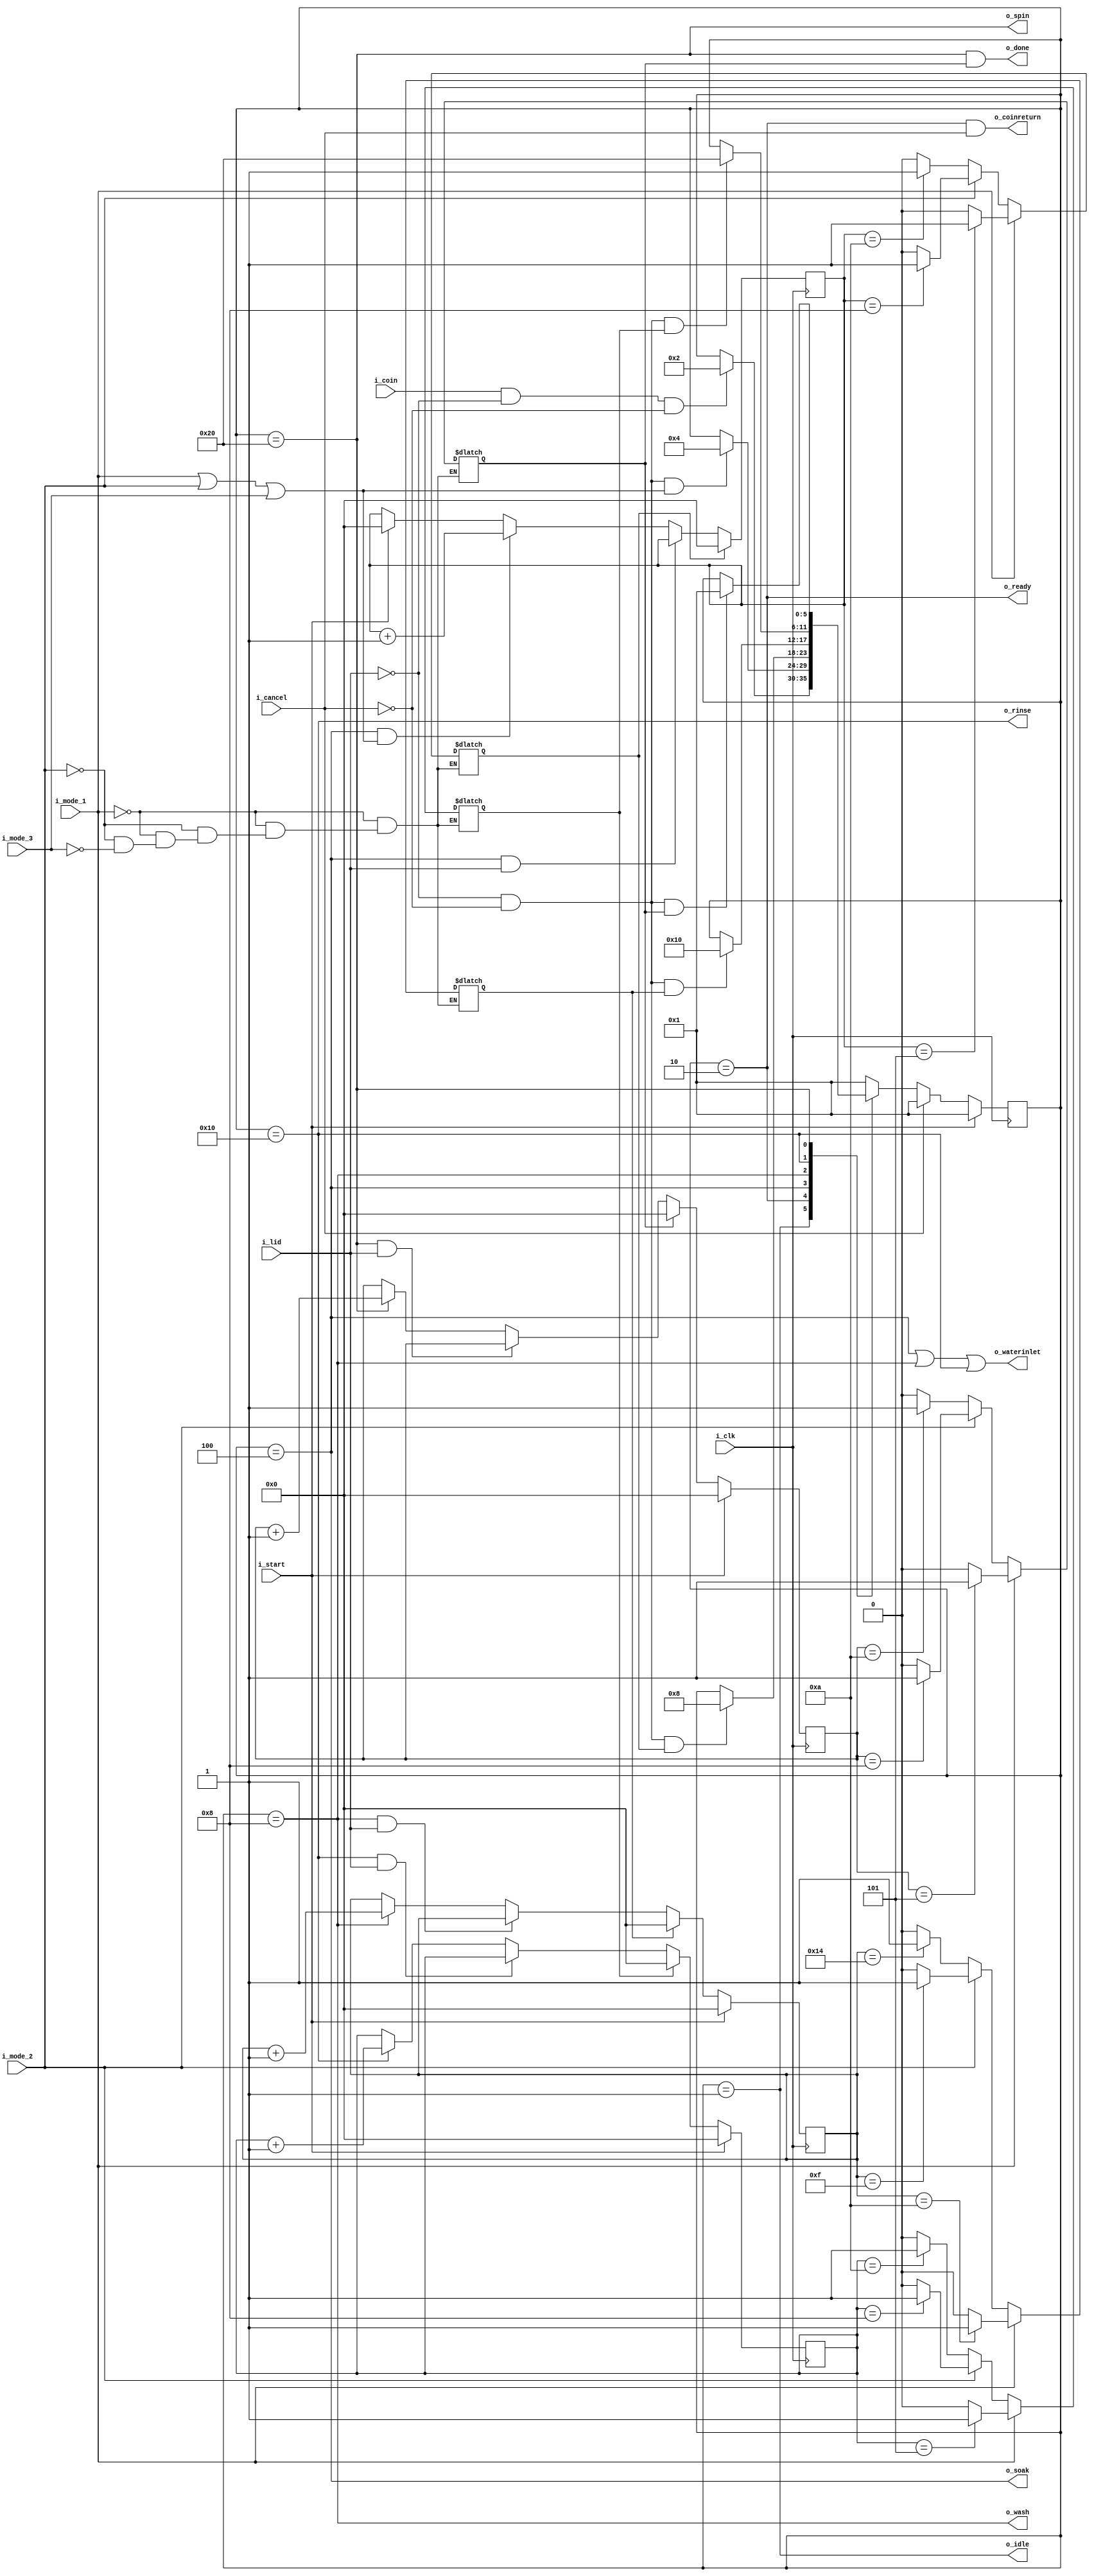


 module washingmachine(i_clk,i_lid,i_start,i_cancel,i_coin,i_mode_1,i_mode_2,i_mode_3,
                        o_idle,o_ready,o_soak,o_wash,o_rinse,o_spin,o_coinreturn,o_waterinlet,o_done);
						
	input i_clk,i_start,i_cancel,i_coin,i_lid,i_mode_1,i_mode_2,i_mode_3;
	output o_idle,o_ready,o_soak,o_wash,o_rinse,o_spin,o_waterinlet;
	output o_coinreturn,o_done;
	
	parameter IDLE  = 6'b000001,
	          READY = 6'b000010,
			  SOAK  = 6'b000100,
			  WASH  = 6'b001000,
			  RINSE = 6'b010000,
			  SPIN  = 6'b100000;
	
    // i_clk = 256hz means 1sec = 256 clock cycles
	
	/* mode1 - cloth < 2kg 
       Soak  : 5 mins
       Wash  : 10 mins
       Rinse : 5 mins
       Spin  : 5 mins   
	   
	   mode2 - 2kg < cloth < 4kg 
       Soak  : 8 mins
       Wash  : 15 mins
       Rinse : 8 mins
       Spin  : 8 mins   
	   
	   mode3 - 4kg < cloth < 6kg 
       Soak  : 10 mins
       Wash  : 20 mins
       Rinse : 10 mins
       Spin  : 10 mins   */
	   
	   reg [5:0] PS,NS;
	   
	   
		
        reg soak_done,wash_done,rinse_done,spin_done;
		
        wire soak_up,wash_up,rinse_up,spin_up;
		wire soak_pause,wash_pause,rinse_pause,spin_pause;
		reg [14:0] soakcounter,washcounter,rinsecounter,spincounter;
		
		//------- Timer pause logic when lid is open -------------------
		
		assign soak_pause  = ( PS == SOAK )  && (i_lid) ; 
		assign wash_pause  = ( PS == WASH )  && (i_lid) ; 
		assign rinse_pause = ( PS == RINSE ) && (i_lid) ; 
		assign spin_pause  = ( PS == SPIN )  && (i_lid) ; 
		
		

		assign soak_up  = (PS == SOAK) && (i_mode_1 || i_mode_2 || i_mode_3);
		assign wash_up  = (PS == WASH);
		assign rinse_up = (PS == RINSE);
		assign spin_up  = (PS == SPIN);
		
	
	    //---------- SOAK DONE LOGIC ------------------------------
        always@(i_mode_1,i_mode_2,i_mode_3,soakcounter)
		    begin
			    if(i_mode_1)
				  soak_done = (soakcounter == 5) ? 1'b1 : 1'b0;
				else if(i_mode_2)
				  soak_done = (soakcounter == 8) ? 1'b1 : 1'b0;
                else if(i_mode_3)
                  soak_done = (soakcounter == 10) ? 1'b1 : 1'b0;		
             end
			 
			 
		//---------- WASH DONE LOGIC ------------------------------	
            always@(i_mode_1,i_mode_2,i_mode_3,washcounter)
		    begin
			    if(i_mode_1)
				  wash_done = (washcounter == 10) ? 1'b1 : 1'b0;
				else if(i_mode_2)
				  wash_done = (washcounter == 15) ? 1'b1 : 1'b0;
                else if(i_mode_3)
				  wash_done = (washcounter == 20) ? 1'b1 : 1'b0;				  
                				  
			end
			
			
        //---------- RINSE DONE LOGIC ------------------------------
              always@(i_mode_1,i_mode_2,i_mode_3,rinsecounter)
		    begin
			    if(i_mode_1)
				  rinse_done = (rinsecounter == 5) ? 1'b1 : 1'b0;
				else if(i_mode_2)
				  rinse_done = (rinsecounter == 8) ? 1'b1 : 1'b0;
                else if(i_mode_3)
				  rinse_done = (rinsecounter == 10) ? 1'b1 : 1'b0;				  
                				  
			end		

			
		//---------- SPIN DONE LOGIC ------------------------------	
              always@(i_mode_1,i_mode_2,i_mode_3,spincounter)
		    begin
			    if(i_mode_1)
				  spin_done = (spincounter == 5) ? 1'b1 : 1'b0;
				else if(i_mode_2)
				  spin_done = (spincounter == 8) ? 1'b1 : 1'b0;
                else if(i_mode_3)
				  spin_done = (spincounter == 10) ? 1'b1 : 1'b0;				  
                				  
			end	
   
   
   
		//----------- SOAK TIMER ------------------------------------
        always@(posedge i_clk)
            begin
              if(i_start)
			        soakcounter <= 0;
			   if(soak_done)
                    soakcounter <= 0;
			   else if(soak_pause)
                    soakcounter <= soakcounter;			   
               else if(soak_up)
                    soakcounter <= soakcounter + 1'b1;				
            end
			
        //----------- WASH TIMER ------------------------------------
        always@(posedge i_clk)
            begin
              if(i_start)
			        washcounter <= 0;
				else if(wash_done)
                    washcounter <= 0;
				else if(wash_pause)
                    washcounter <= washcounter;		
                else if(wash_up)
                    washcounter <= washcounter + 1'b1;				
            end
			
		//----------- RINSE TIMER ------------------------------------	
		always@(posedge i_clk)
            begin
              if(i_start)
			        rinsecounter <= 0;
			   else if(rinse_done)
                    rinsecounter <= 0;
			   else if(rinse_pause)
                    rinsecounter <= rinsecounter;		
               else if(rinse_up)
                    rinsecounter <= rinsecounter + 1'b1;				
            end
        //----------- SPIN TIMER ------------------------------------
        always@(posedge i_clk)
            begin
              if(i_start)
			        spincounter <= 0;
			   else if(spin_done)
                    spincounter <= 0;
			   else if(spin_pause)
                    spincounter <= spincounter;			
               else if(spin_up)
                    spincounter <= spincounter + 1'b1;				
            end			
			
		
		
		//---------------- Present state logic ----------------------
	   always@(posedge i_clk)
	       begin
		       if(i_start)
			      PS <= IDLE;
			   else if(i_cancel)
                  PS <= IDLE;
               else
                  PS <= NS;			   
		   end
		   
		
		
	    //----------- Next state decoder logic ------------------------------------
		
   always@(*)		//always@(PS,i_cancel,i_coin,i_lid,i_mode_1,i_mode_2,i_mode_3,soak_done,wash_done,rinse_done,spin_done) 
             begin
				case(PS)
				  IDLE : begin 
				          if(i_coin && !i_lid && !i_cancel)
						     NS <= READY;
						  else
                             NS <= PS;						  
						 end
						 
				  READY : begin 
                    if(!i_lid && !i_cancel && (i_mode_1 || i_mode_2 || i_mode_3))
							  NS <= SOAK;
							else
                              NS <= PS;							
				          end

                  SOAK : begin 
                    if(!i_lid && !i_cancel && soak_done)
							  NS <= WASH;
							else
                              NS <= PS;							
				         end
 
                  WASH : begin 
                         if(!i_lid && !i_cancel && wash_done)    
							  NS <= RINSE;
							else
                              NS <= PS;							
				         end

                  RINSE : begin 
                    if(!i_lid && !i_cancel && rinse_done)
							  NS <= SPIN;
							else
                              NS <= PS;	
				          end

                  SPIN : begin 
                    if(!i_lid && !i_cancel && spin_done)
							  NS <= IDLE;
							else
                              NS <= PS;	
				         end	
                  default :  NS <= IDLE;
                endcase         
		    end			 
			
			
		//--- output logic --

        assign o_idle = (PS == IDLE);
        assign o_ready = (PS == READY);
        assign o_soak = (PS == SOAK);
        assign o_wash = (PS == WASH);
        assign o_rinse = (PS == RINSE);
        assign o_spin = (PS == SPIN);
        assign o_waterinlet = (PS == SOAK) || (PS == WASH) || (PS == RINSE) ;
        assign o_coinreturn = (PS == READY)	&& (i_cancel);
        assign o_done = (PS == SPIN) && (spin_done);

     endmodule